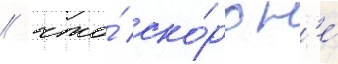
/ что́ ско́ро н'е́